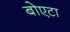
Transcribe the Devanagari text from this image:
बोएटा